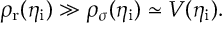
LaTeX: \rho _ { \mathrm { r } } ( \eta _ { \mathrm { i } } ) \gg \rho _ { \sigma } ( \eta _ { \mathrm { i } } ) \simeq V ( \eta _ { \mathrm { i } } ) .